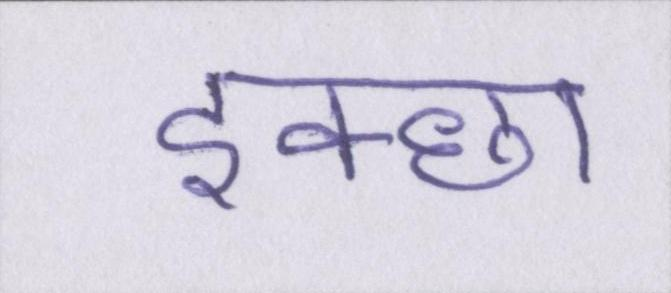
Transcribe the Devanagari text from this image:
इक्छा